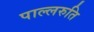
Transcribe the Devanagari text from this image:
पाल्लरुति